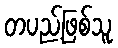
တပည့်ဖြစ်သူ